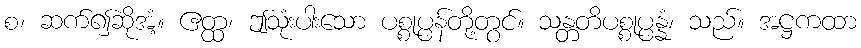
စ၊ ဆက်၍ဆိုအံ့။ ဧတ္ထ၊ ဤသုံးပါးသော ပစ္စုပ္ပန်တို့တွင်။ သန္တတိပစ္စုပ္ပန္နံ၊ သည်။ အဋ္ဌကထာ